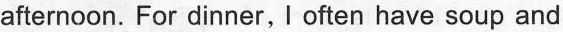
afternoon. For dinner, I often have soup and